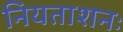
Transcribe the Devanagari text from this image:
नियताशनः